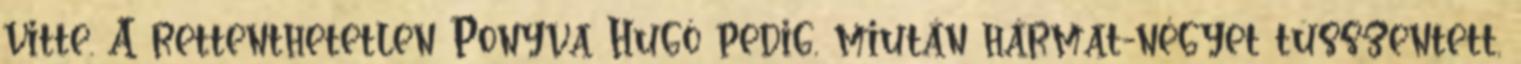
vitte. A rettenthetetlen Ponyva Hugó pedig, miután hármat-négyet tüsszentett,